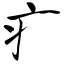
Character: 疒